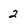
Character: 2